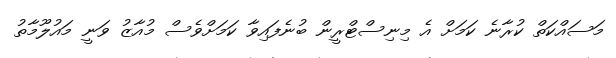
މަސައްކަތް ކުރާނެ ކަމަށް އެ މިނިސްޓްރީން ބުނެފައިވާ ކަމަށްވެސް މުއާޒު ވަނީ މައުލޫމާތު